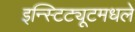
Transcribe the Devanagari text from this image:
इन्स्टिट्यूटमधले